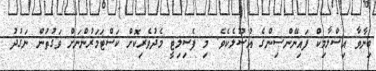
ބިނާވާ އިސްލާމިކް ފައިނޭންސިންގެ އުސޫލެކެވެ. މި ފެސިލިޓީ މެދުވެރިކޮށް ކަސްޓަމަރުންނަށް ވަގުތުން ނަގުދު